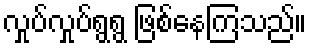
လှုပ်လှုပ်ရွရွ ဖြစ်နေကြသည်။